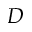
{ \cal D }